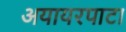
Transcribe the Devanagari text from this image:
अयायरपाटा